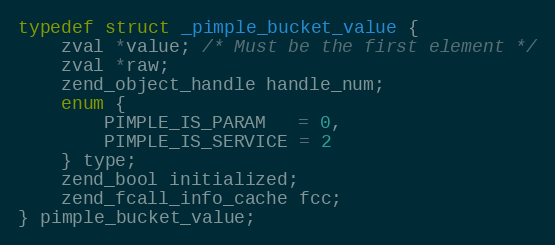
Language: C
typedef struct _pimple_bucket_value {
	zval *value; /* Must be the first element */
	zval *raw;
	zend_object_handle handle_num;
	enum {
		PIMPLE_IS_PARAM   = 0,
		PIMPLE_IS_SERVICE = 2
	} type;
	zend_bool initialized;
	zend_fcall_info_cache fcc;
} pimple_bucket_value;